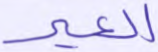
العير